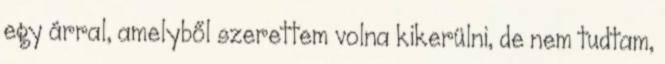
egy árral, amelyből szerettem volna kikerülni, de nem tudtam,